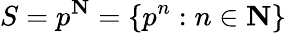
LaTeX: S=p^{\mathbf{N}}=\{ p^{n}:n\in\mathbf{N}\}